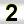
Digit: 2